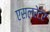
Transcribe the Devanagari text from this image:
एसलरेटर